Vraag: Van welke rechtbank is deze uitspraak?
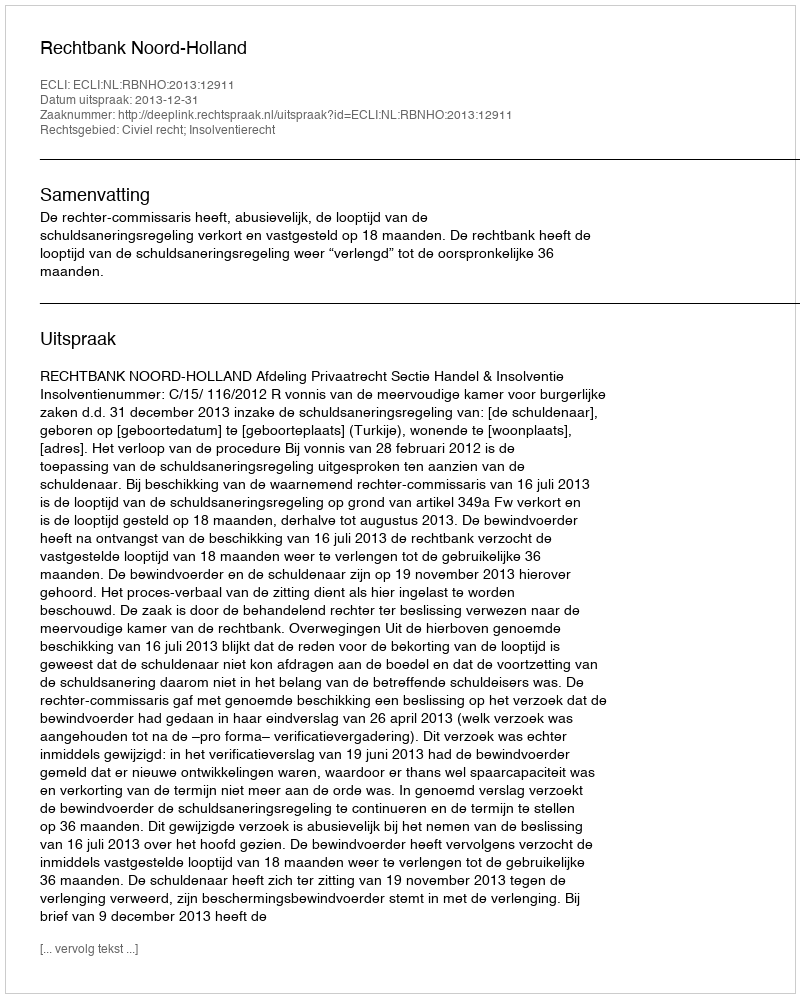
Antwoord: Rechtbank Noord-Holland